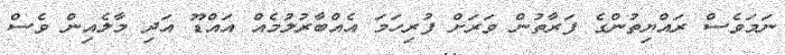
ނަމަވެސް ރައްޔިތުންގެ ފަރާތުން ވަރަށް ފުރިހަމަ އެއްބާރުލުމެއް އައްޑޫ އަދި މާލެއިން ވެސް